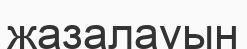
жазалауын